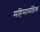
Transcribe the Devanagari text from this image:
महिमामंडिक